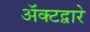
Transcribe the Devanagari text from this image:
अॅक्टद्वारे